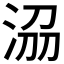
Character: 𣴀